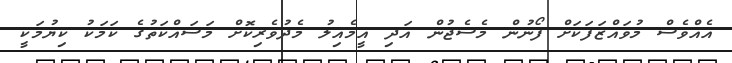
އެއްވެސް މުވައްޒަފަކަށް ފޯނުން މެސެޖުން އަދި އީމެއިލު މެދުވެރިކޮށް މަސައްކަތުގެ ކަމަކު ކިޔުމަކީ